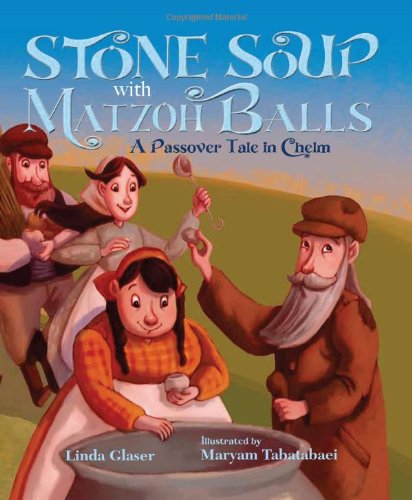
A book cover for Stone Soup with Matzoh Balls: A Passover Tale in Chelm; Linda Glaser; Children's Books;